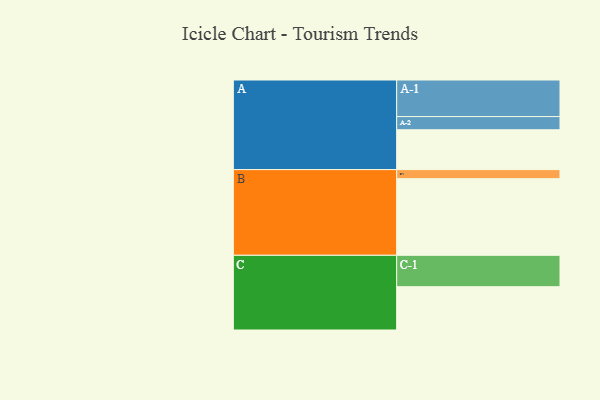
{"axis": {"x": "Segment", "y": "Value"}, "legend": ["", "A", "B", "C"], "data": [{"x": "A", "y": 307, "type": ""}, {"x": "B", "y": 591, "type": ""}, {"x": "C", "y": 334, "type": ""}, {"x": "A-1", "y": 282, "type": "A"}, {"x": "A-2", "y": 102, "type": "A"}, {"x": "B-1", "y": 70, "type": "B"}, {"x": "C-1", "y": 242, "type": "C"}]}